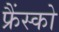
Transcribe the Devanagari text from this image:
फ्रैंस्को